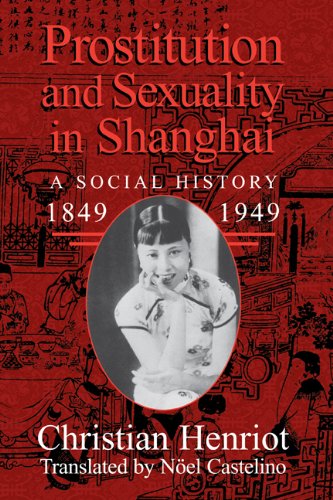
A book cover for Prostitution and Sexuality in Shanghai: A Social History, 1849-1949; Christian Henriot; Medical Books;